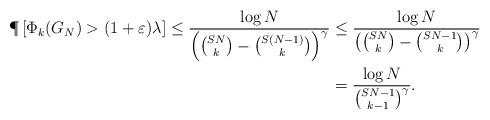
LaTeX: \begin{align*} \P\left[ \Phi_k (G_N)>(1+\varepsilon)\lambda \right]\leq \frac{\log N} { \left( \binom{SN}{k}-\binom{S(N-1)}{k} \right) ^{\gamma} } &\leq \frac{\log N} { \left( \binom{SN}{k}-\binom{SN-1}{k} \right) ^{\gamma} } \\ &= \frac{\log N} { \binom{SN-1}{k-1} ^{\gamma} }.\end{align*}